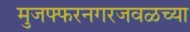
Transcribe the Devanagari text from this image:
मुजफ्फरनगरजवळच्या